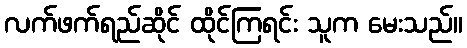
လက်ဖက်ရည်ဆိုင် ထိုင်ကြရင်း သူက မေးသည်။